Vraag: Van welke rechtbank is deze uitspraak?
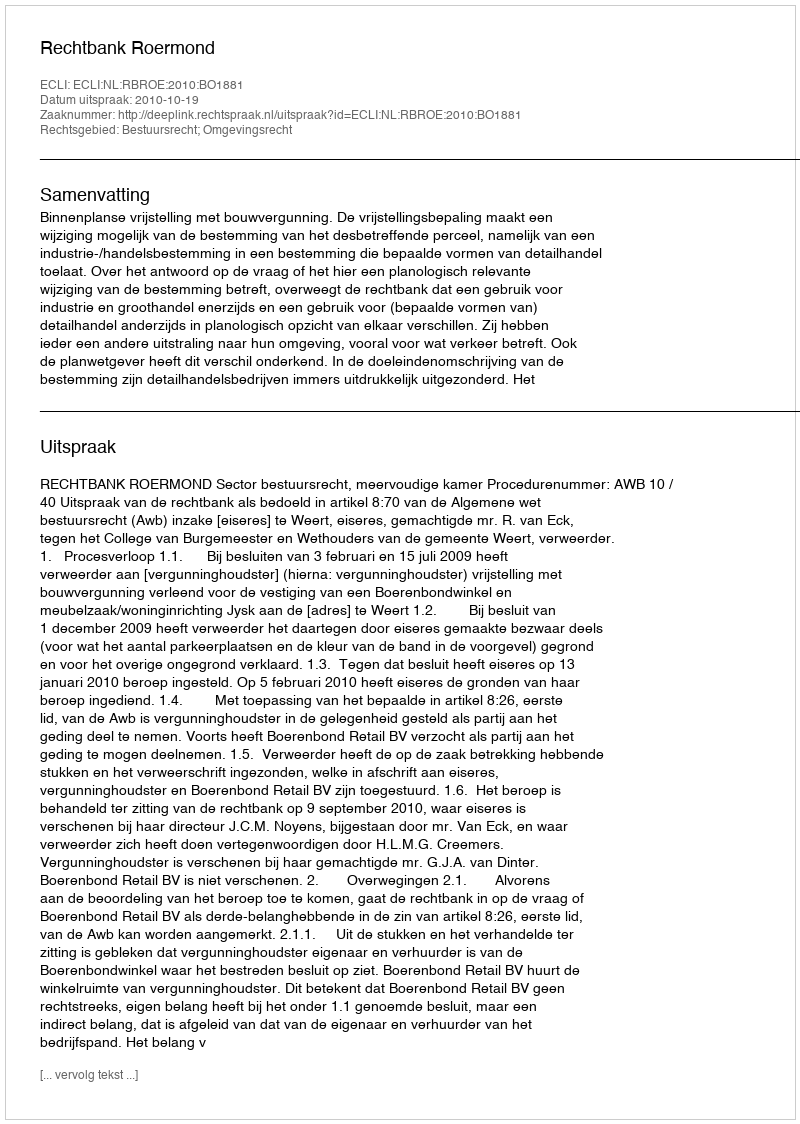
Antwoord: Rechtbank Roermond